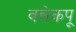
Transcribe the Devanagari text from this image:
वन्नेकपू